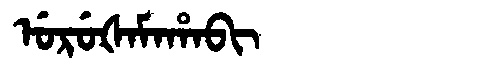
Manchu: ᡠᡵᡠᡧᠠᠮᠠᡥᠠᠪᡳ
Romanization: URUŠAMAHABI